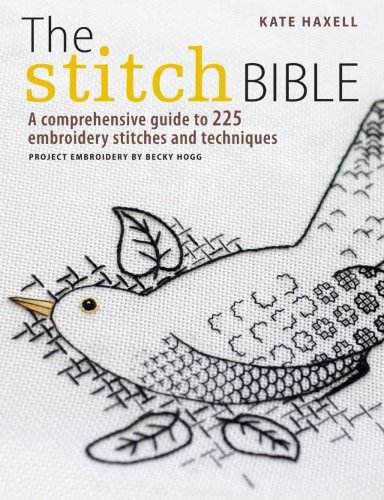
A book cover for The Stitch Bible: A Comprehensive Guide to 225 Embroidery Stitches and Techniques; Kate Haxell; Crafts, Hobbies & Home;